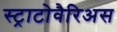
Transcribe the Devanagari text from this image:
स्ट्राटोवैरिअस